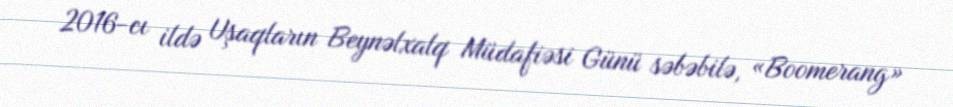
2016-cı ildə Uşaqların Beynəlxalq Müdafiəsi Günü səbəbilə, «Boomerang»